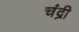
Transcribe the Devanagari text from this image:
चंद्री